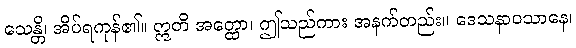
သေန္တိ၊ အိပ်ရကုန်၏။ ဣတိ အတ္ထော၊ ဤသည်ကား အနက်တည်း။ ဒေသနာဝသာနေ၊